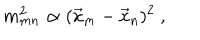
m _ { m n } ^ { 2 } \propto ( \vec { x } _ { m } - \vec { x } _ { n } ) ^ { 2 } \ ,